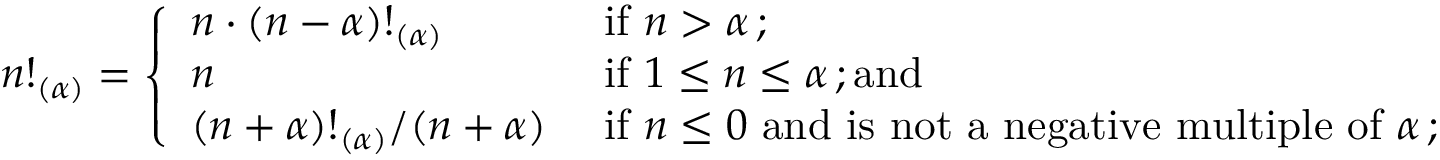
n ! _ { ( \alpha ) } = { \left\{ \begin{array} { l l } { n \cdot ( n - \alpha ) ! _ { ( \alpha ) } } & { { \mathrm { ~ i f ~ } } n > \alpha \, ; } \\ { n } & { { \mathrm { ~ i f ~ } } 1 \leq n \leq \alpha \, ; { \mathrm { a n d } } } \\ { ( n + \alpha ) ! _ { ( \alpha ) } / ( n + \alpha ) } & { { \mathrm { ~ i f ~ } } n \leq 0 { \mathrm { ~ a n d ~ i s ~ n o t ~ a ~ n e g a t i v e ~ m u l t i p l e ~ o f ~ } } \alpha \, ; } \end{array} \right. }